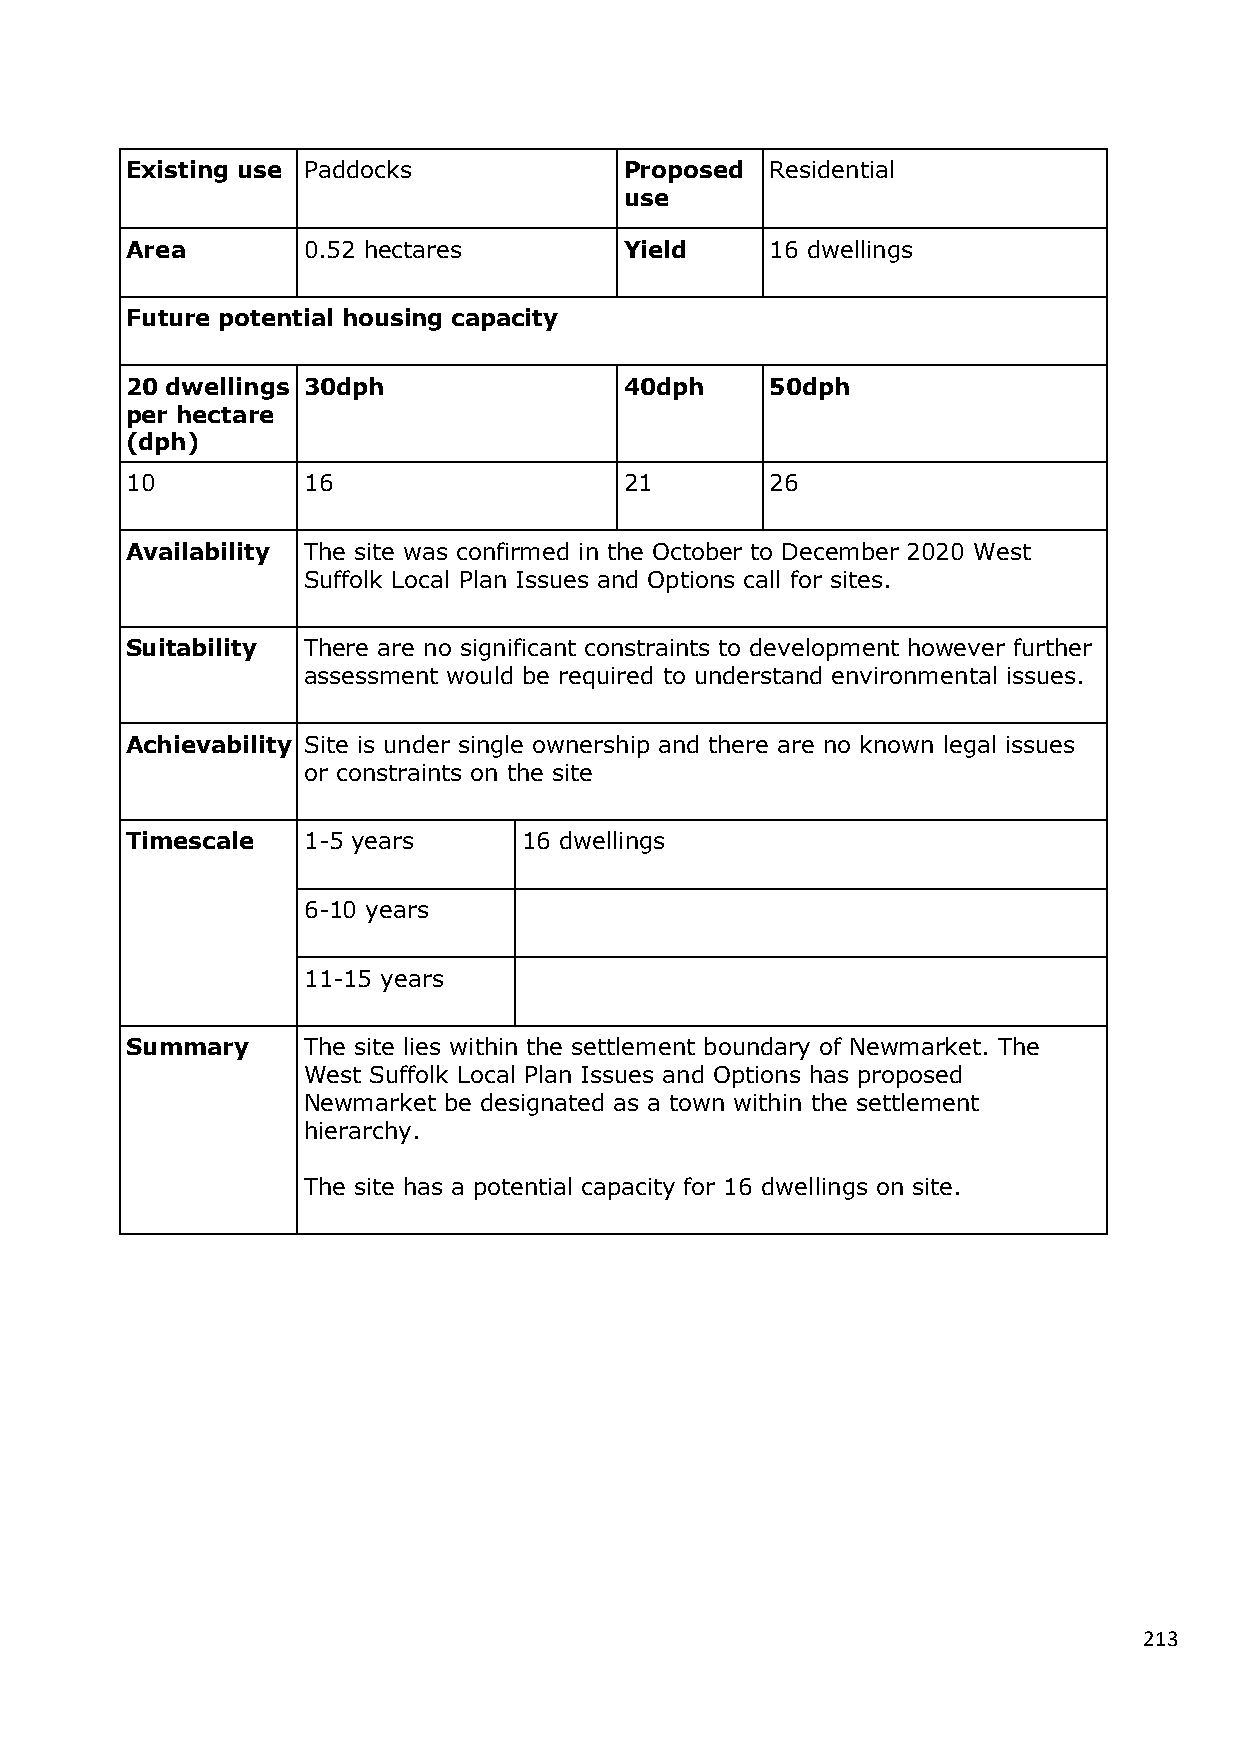
Existing use Paddocks            Proposed  Residential
 use
 Area        0.52 hectares        Yield     16 dwellings
 Future potential housing capacity
 20 dwellings 30dph               40dph     50dph
 per hectare
 (dph)
 10          16                   21        26
 Availability The site was confirmed in the October to December 2020 West
 Suffolk Local Plan Issues and Options call for sites.
 Suitability There are no significant constraints to development however further
 assessment would be required to understand environmental issues.
 Achievability Site is under single ownership and there are no known legal issues
 or constraints on the site
 Timescale   1-5 years      16 dwellings
 6-10 years
 11-15 years
 Summary     The site lies within the settlement boundary of Newmarket. The
 West Suffolk Local Plan Issues and Options has proposed
 Newmarket be designated as a town within the settlement
 hierarchy.
 The site has a potential capacity for 16 dwellings on site.
 213